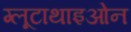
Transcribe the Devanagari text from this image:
ग्लूटाथाइओन